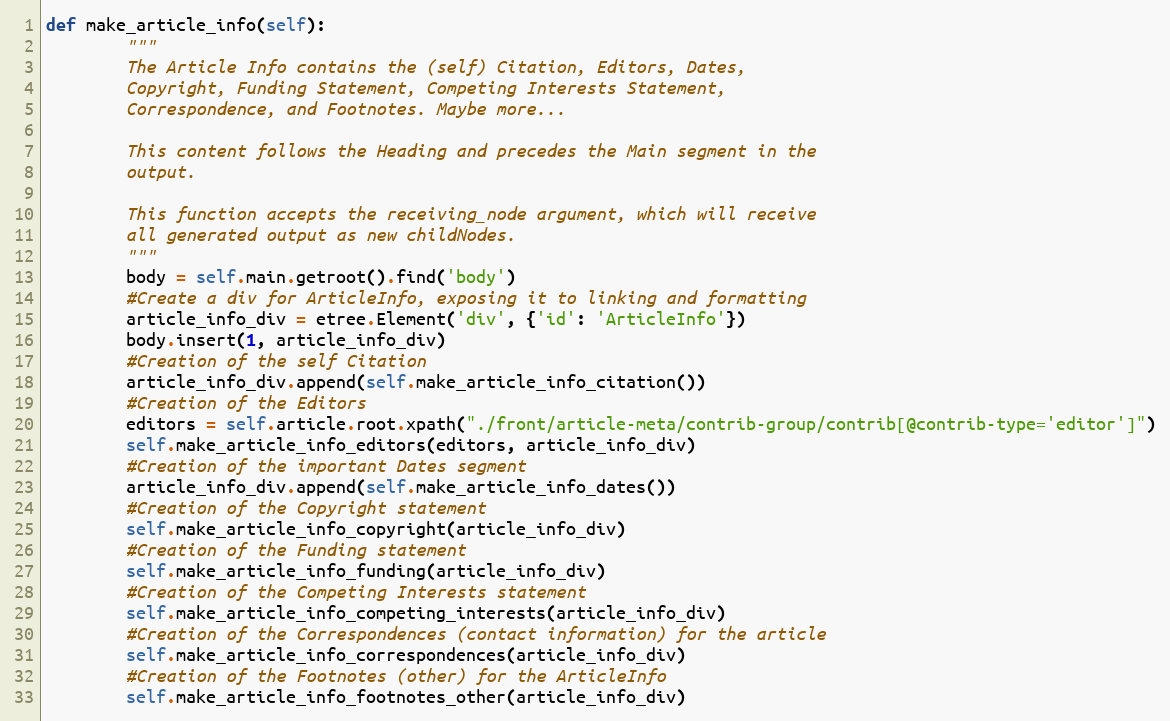
Language: Python
def make_article_info(self):
        """
        The Article Info contains the (self) Citation, Editors, Dates,
        Copyright, Funding Statement, Competing Interests Statement,
        Correspondence, and Footnotes. Maybe more...

        This content follows the Heading and precedes the Main segment in the
        output.

        This function accepts the receiving_node argument, which will receive
        all generated output as new childNodes.
        """
        body = self.main.getroot().find('body')
        #Create a div for ArticleInfo, exposing it to linking and formatting
        article_info_div = etree.Element('div', {'id': 'ArticleInfo'})
        body.insert(1, article_info_div)
        #Creation of the self Citation
        article_info_div.append(self.make_article_info_citation())
        #Creation of the Editors
        editors = self.article.root.xpath("./front/article-meta/contrib-group/contrib[@contrib-type='editor']")
        self.make_article_info_editors(editors, article_info_div)
        #Creation of the important Dates segment
        article_info_div.append(self.make_article_info_dates())
        #Creation of the Copyright statement
        self.make_article_info_copyright(article_info_div)
        #Creation of the Funding statement
        self.make_article_info_funding(article_info_div)
        #Creation of the Competing Interests statement
        self.make_article_info_competing_interests(article_info_div)
        #Creation of the Correspondences (contact information) for the article
        self.make_article_info_correspondences(article_info_div)
        #Creation of the Footnotes (other) for the ArticleInfo
        self.make_article_info_footnotes_other(article_info_div)